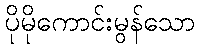
ပိုမိုကောင်းမွန်သော